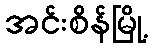
အင်းစိန်မြို့